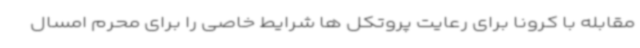
مقابله با کرونا برای رعایت پروتکل ها شرایط خاصی را برای محرم امسال